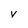
Character: V